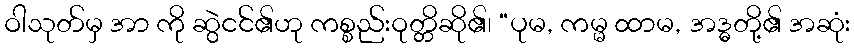
ဝါသုတ်မှ အာ ကို ဆွဲငင်၏ဟု ကစ္စည်းဝုတ္တိဆို၏၊ “ပုမ, ကမ္မ ထာမ, အဒ္ဓတို့၏ အဆုံး